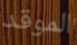
الموقد